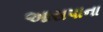
આસપાના